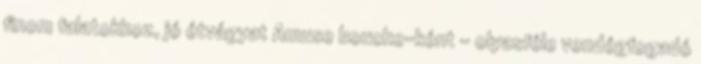
finom falatokhoz, jó étvágyat Amuse bouche-ként - olyasféle vendégfogadó